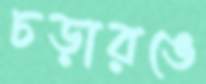
চড়ারঙে